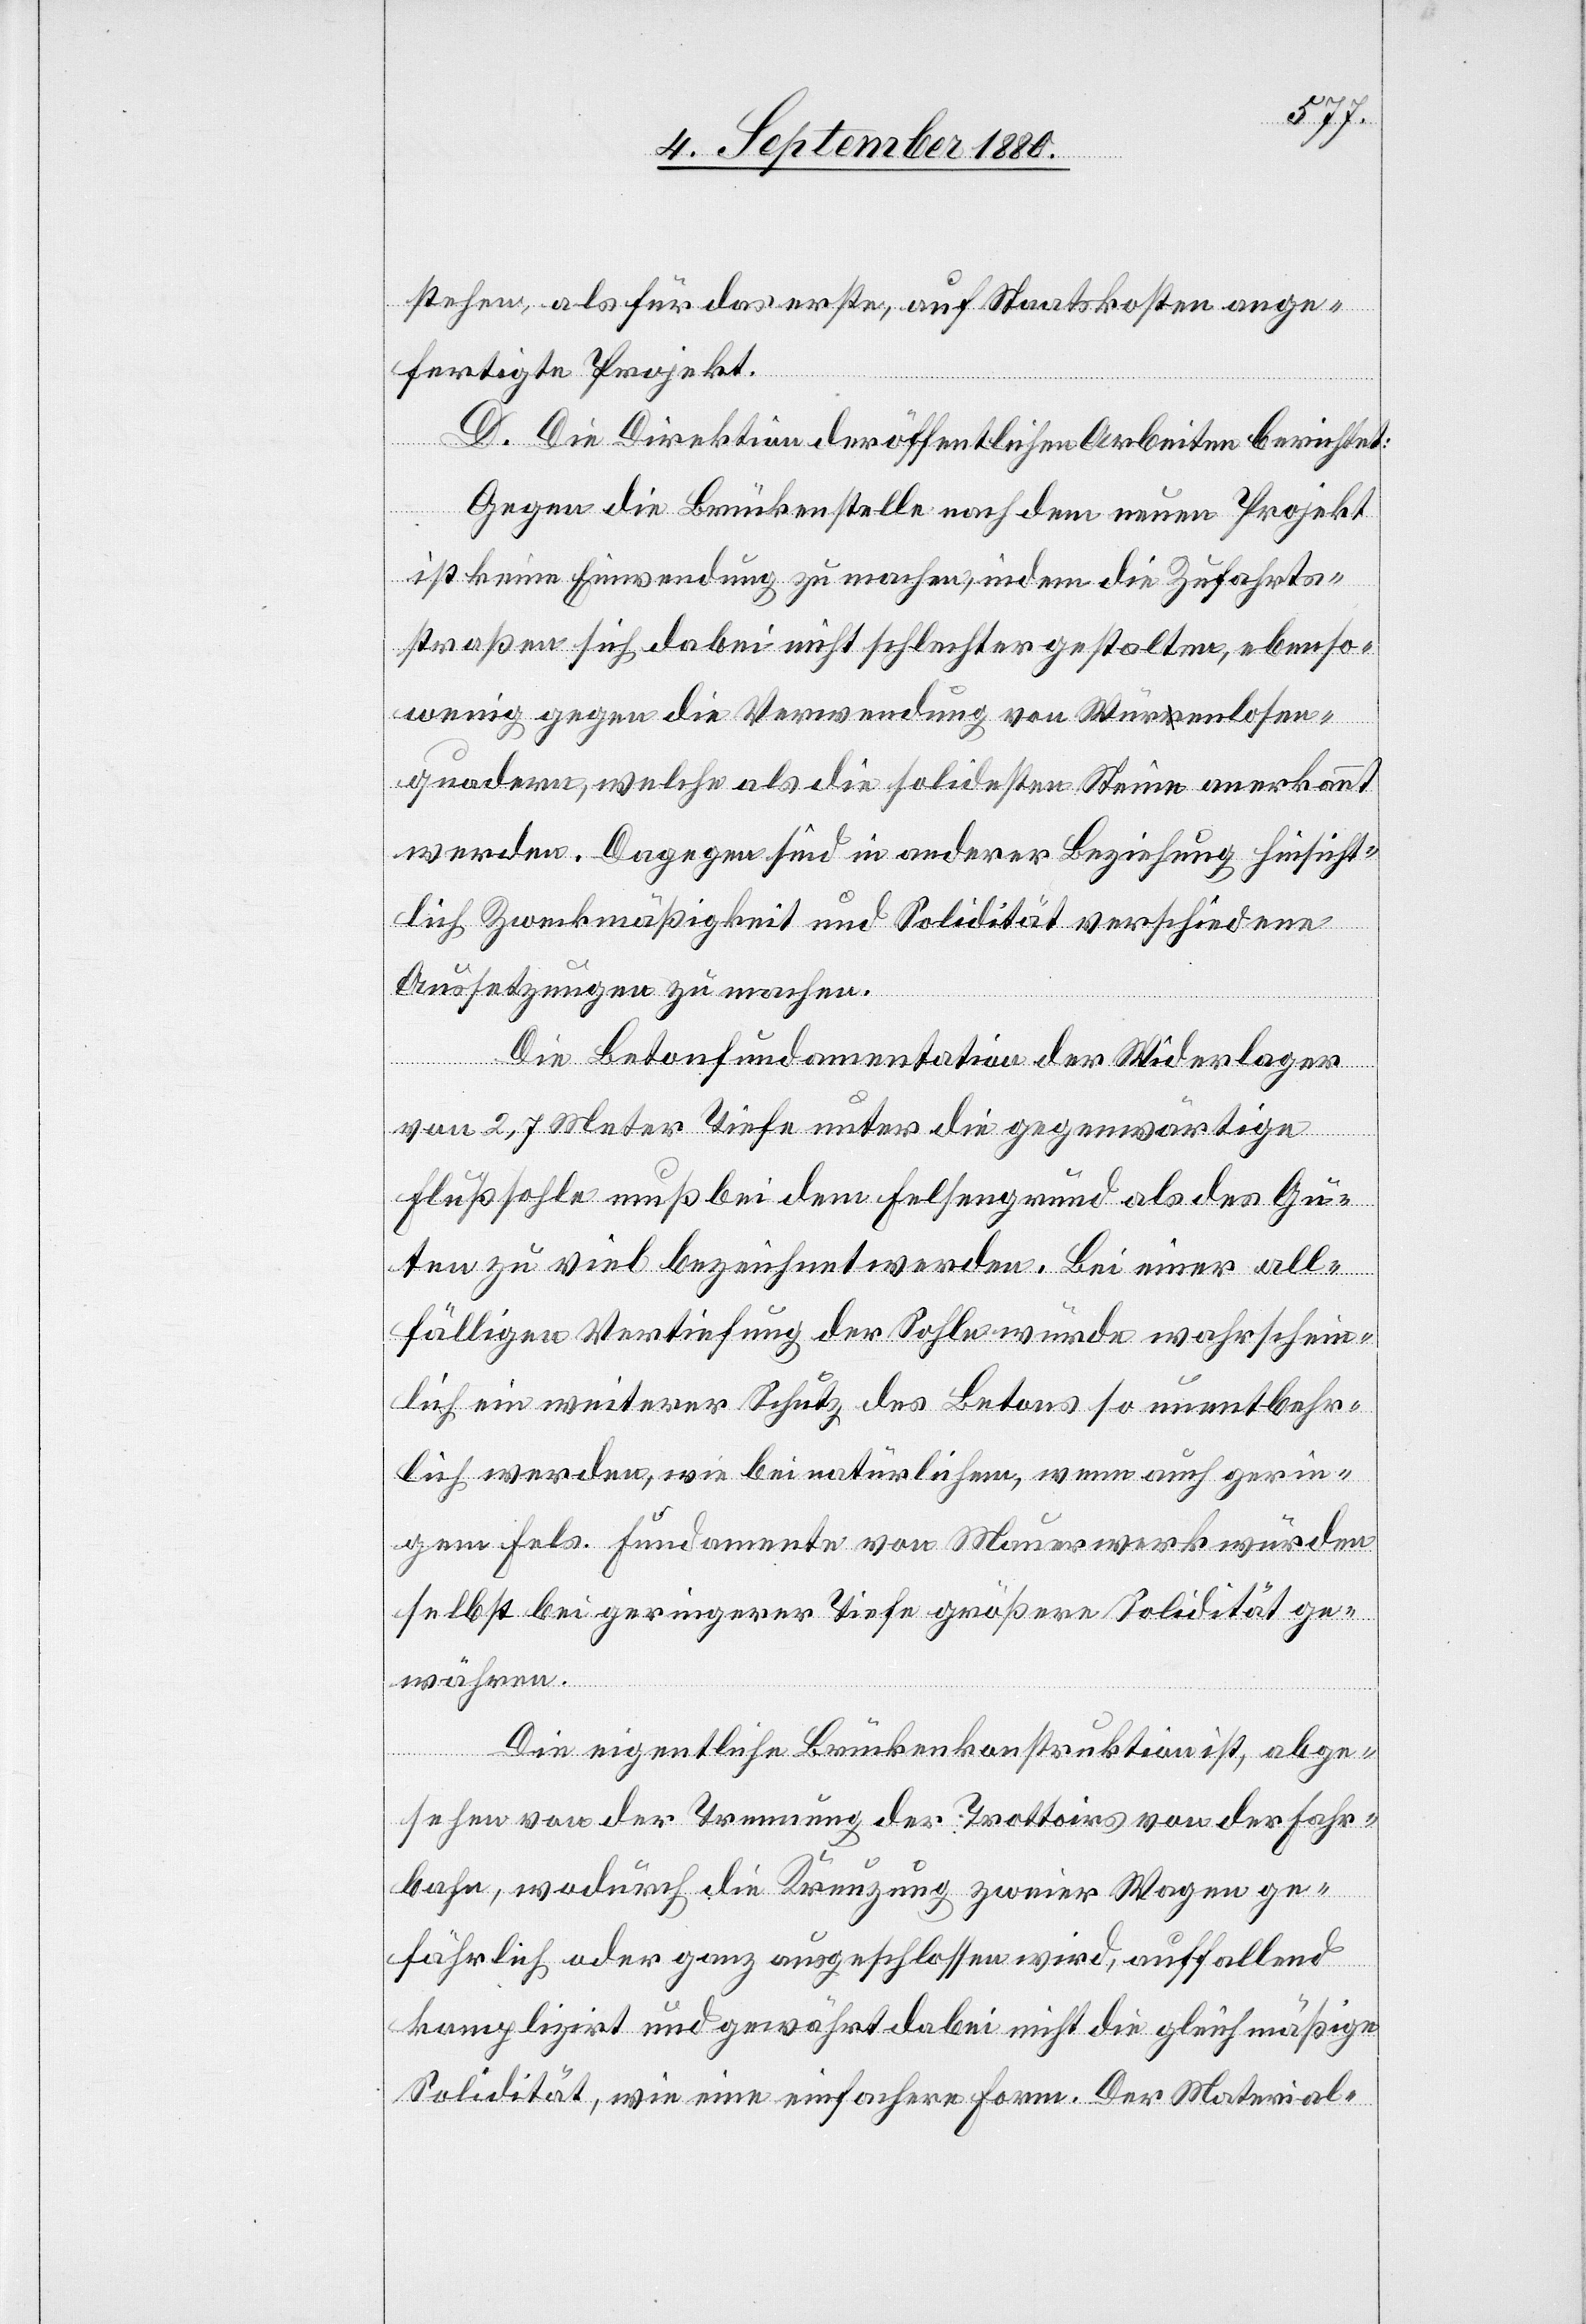
stehen, als für das erste, auf Staatskosten ange¬
fertigte Projekt.
D. Die Direktion der öffentlichen Arbeiten berichtet:
Gegen die Brückenstelle nach dem neuen Projekt
ist keine Einwendung zu machen, indem die Zufahrts¬
straßen sich dabei nicht schlechter gestalten, ebenso¬
wenig gegen die Verwendung von Würrenlosen¬
quadern, welche als die solidesten Steine anerkannt
werden. Dagegen sind in anderer Beziehung hinsicht¬
lich Zweckmäßigkeit und Solidität verschiedene
Aussetzungen zu machen.
Die Betonfundamentation der Widerlager
von 2,7 Meter Tiefe unter die gegenwärtige
Flußsohle muß bei dem Felsengrund als das Gu¬
ten zu viel bezeichnet werden. Bei einer all¬
fälligen Vertiefung der Sohle würde wahrschein¬
lich ein weiterer Schutz des Betons so unentbehr¬
lich werden, wie bei natürlichen, wenn auch gerin¬
gen fels. Fundamente von Mauerwerk würden
selbst bei geringerer Tiefe größere Solidität ge¬
währen.
Die eigentliche Brückenkonstruktion ist, abge¬
sehen von der Trennung der Trottoirs von der Fahr¬
bahn, wodurch die Kreuzung zweier Wagen ge¬
fährlich oder ganz ausgeschlossen wird, auffallend
komplizirt und gewährt dabei nicht die gleichmäßige
Solidität, wie eine einfachere Form. Der Material-